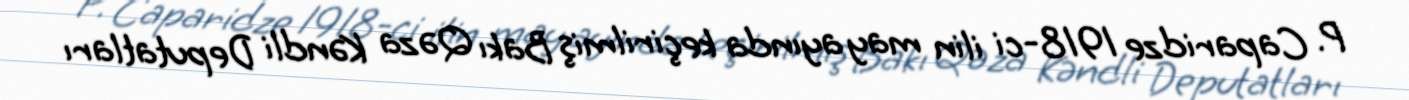
P. Caparidze 1918-ci ilin may ayında keçirilmiş Bakı Qəza Kəndli Deputatları